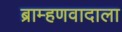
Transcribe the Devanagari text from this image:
ब्राम्हणवादाला